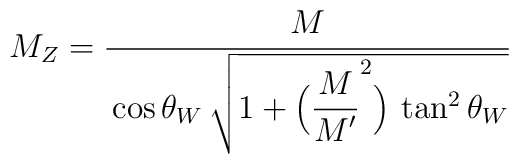
M_Z=\frac{\strut\displaystyle M}{\strut\displaystyle\cos\theta_W\,\sqrt{1+\Bigl(\frac{\strut\displaystyle M}{\strut\displaystyle M^\prime}^2\Bigr)\,\tan^2\theta_W}}